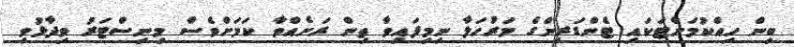
ބިން ހިއްކުމަށްޓަކައި ޓެންޑަރިންގެ މަރުހަލާ ނިމިފައިވާ ތިން ރަށެއްވާ ކަމަށްވެސް މިނިސްޓަރު ވިދާޅުވި